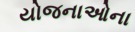
યોજનાઓના